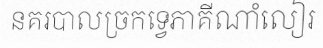
នគរបាលច្រកទ្វេភាគីណាំលៀរ